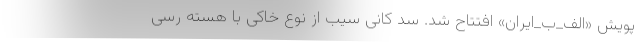
پویش «الف_ب_ایران» افتتاح شد. سد کانی سیب از نوع خاکی با هسته رسی